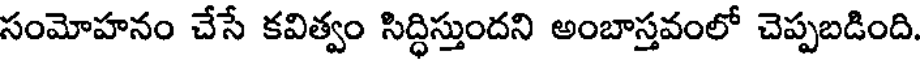
సంమోహనం చేసే కవిత్వం సిద్ధిస్తుందని అంబాస్తవంలో చెప్పబడింది.